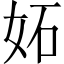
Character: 妬